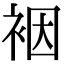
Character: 裀